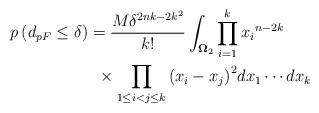
LaTeX: \begin{align*}p\left( {d_{pF}} \leq \delta \right) & = \frac{M\delta ^{2nk - {2k^2}}}{k!}\int_{\mathbf{\Omega }_2} \prod\limits_{i = 1}^k {x_i}^{n - 2k} \\ & \,\,\, \times \prod\limits_{1 \leq i < j \leq k} {{\left( {{x_i} - {x_j}} \right)}^2} d{x_1} \cdots d{x_k}\end{align*}